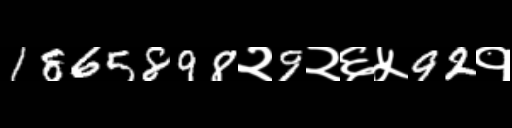
Text: 1865898२9२६५92१